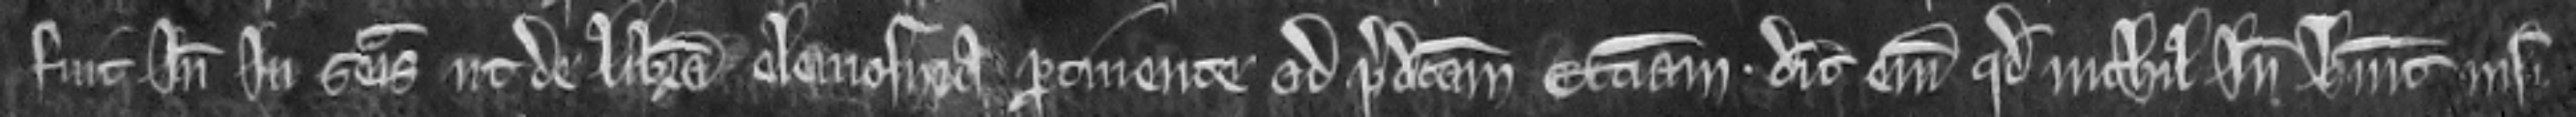
fuit inde in seisina ut de libera elemosina pertinente ad predictam ecclesiam. Dicit enim quod nichil inde habuit nisi